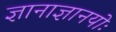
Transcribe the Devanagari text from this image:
ज्ञानाज्ञानयोः